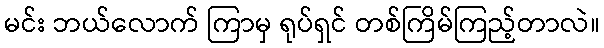
မင်း ဘယ်လောက် ကြာမှ ရုပ်ရှင် တစ်ကြိမ်ကြည့်တာလဲ။